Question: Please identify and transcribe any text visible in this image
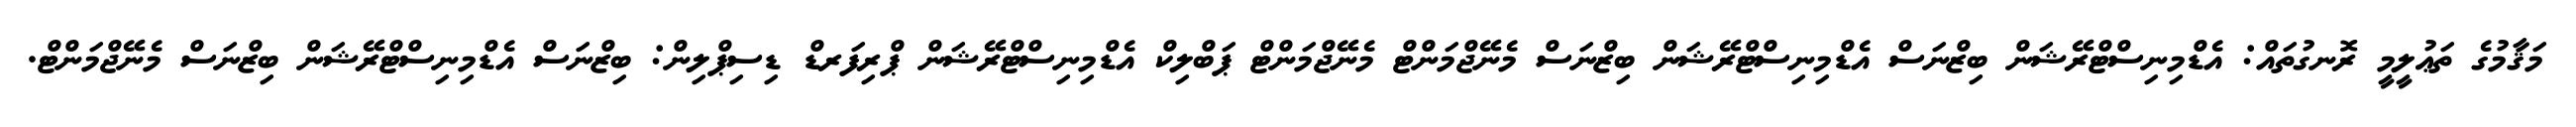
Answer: މަޤާމުގެ ތަޢުލީމީ ރޮނގުތައް: އެޑްމިނިސްޓްރޭޝަން ބިޒްނަސް އެޑްމިނިސްޓްރޭޝަން ބިޒްނަސް މެނޭޖްމަންޓް މެނޭޖްމަންޓް ޕަބްލިކް އެޑްމިނިސްޓްރޭޝަން ޕްރިފަރޑް ޑިސިޕްލިން: ބިޒްނަސް އެޑްމިނިސްޓްރޭޝަން ބިޒްނަސް މެނޭޖްމަންޓް.